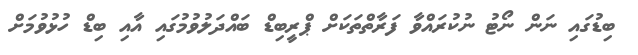
ބިޑުގައި ނަން ނޯޓު ނުކުރައްވާ ފަރާތްތަކަށް ޕްރީބިޑް ބައްދަލުވުމުގައި އާއި ބިޑް ހުޅުވުމަށް